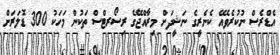
އެޑްރެސް ނުކުރެވެއޭ ކެނެރީގެ ނަޝީދަށް މިރާއްޖޭގެ ރިސޯރޓްސް ތަކުން މަހަކު 300 ޑޮލަރަށް